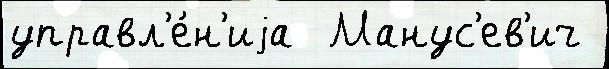
управл'е́н'иjа  Манус'ев'ич